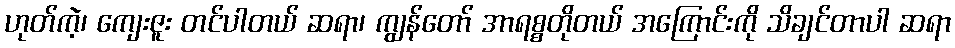
ဟုတ်ကဲ့၊ ကျေးဇူး တင်ပါတယ် ဆရာ၊ ကျွန်တော် အာရစ္စတိုတယ် အကြောင်းကို သိချင်တာပါ ဆရာ